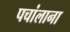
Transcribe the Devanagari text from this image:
पचांलाना